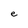
Character: e